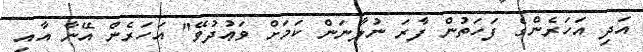
އަދި އަހަރެންގެ ފަހަތުން ފާރަ ނުލާނަން ކަމަށް ވަޢުދުވޭ" އަހަރެން އޭނާ އާއި